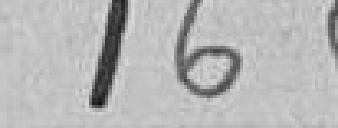
165